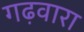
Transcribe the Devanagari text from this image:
गढ़वारा